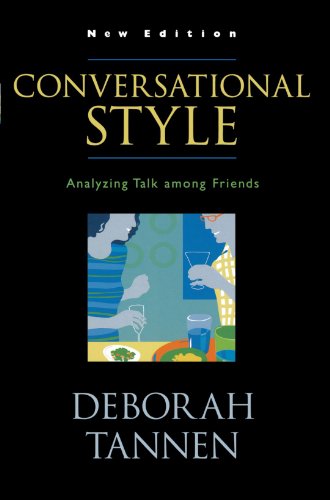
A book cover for Conversational Style: Analyzing Talk among Friends; Deborah Tannen; Reference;